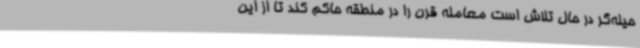
حیله‌گر در حال تلاش است معامله قرن را در منطقه حاکم کند تا از این